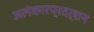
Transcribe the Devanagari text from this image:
अलंकारप्रदर्शन